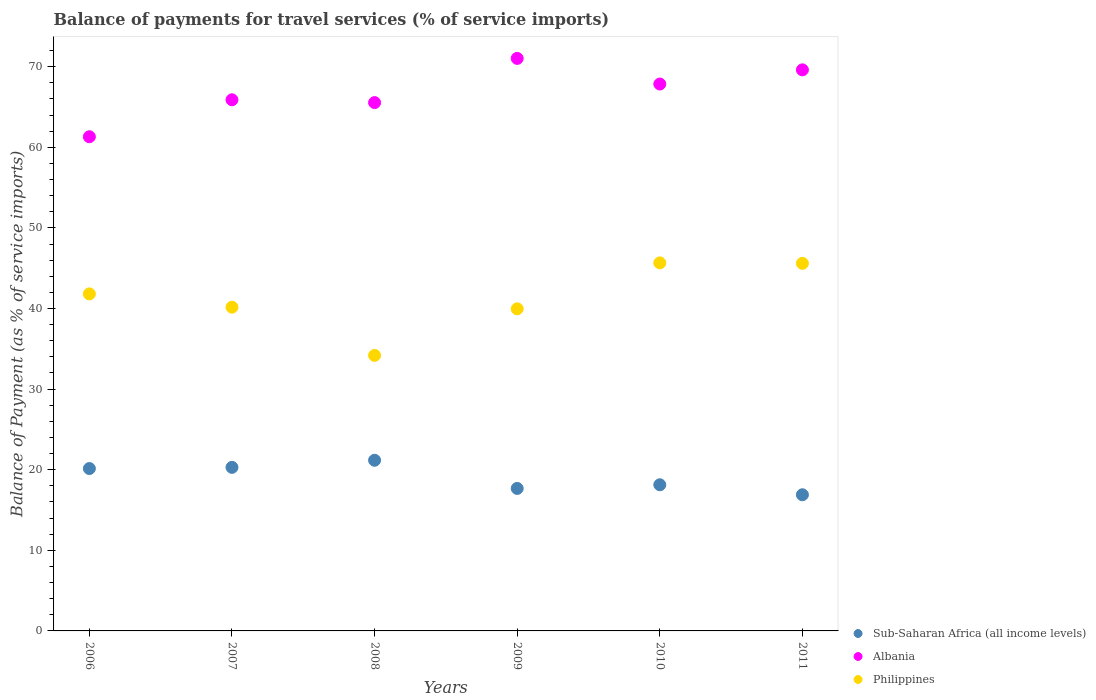
| Years | Sub-Saharan Africa (all income levels) | Albania | Philippines |
 | --- | --- | --- | --- |
 | 2006 | 20.1 | 61.3 | 41.8 |
 | 2007 | 20.3 | 65.9 | 40.2 |
 | 2008 | 21.2 | 65.5 | 34.2 |
 | 2009 | 17.7 | 71 | 40 |
 | 2010 | 18.1 | 67.8 | 45.7 |
 | 2011 | 16.9 | 69.6 | 45.6 |